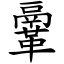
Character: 鞷